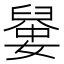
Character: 𡡼